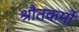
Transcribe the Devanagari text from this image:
श्रौतकर्मों